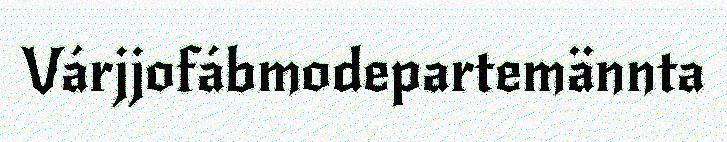
Várjjofábmodepartemännta